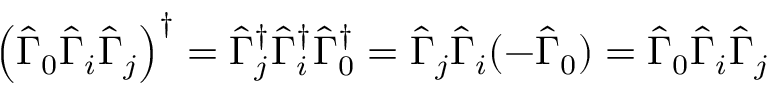
\left( \hat { \Gamma } _ { 0 } \hat { \Gamma } _ { i } \hat { \Gamma } _ { j } \right) ^ { \dagger } = \hat { \Gamma } _ { j } ^ { \dagger } \hat { \Gamma } _ { i } ^ { \dagger } \hat { \Gamma } _ { 0 } ^ { \dagger } = \hat { \Gamma } _ { j } \hat { \Gamma } _ { i } ( - \hat { \Gamma } _ { 0 } ) = \hat { \Gamma } _ { 0 } \hat { \Gamma } _ { i } \hat { \Gamma } _ { j }